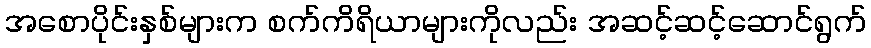
အစောပိုင်းနှစ်များက စက်ကိရိယာများကိုလည်း အဆင့်ဆင့်ဆောင်ရွက်